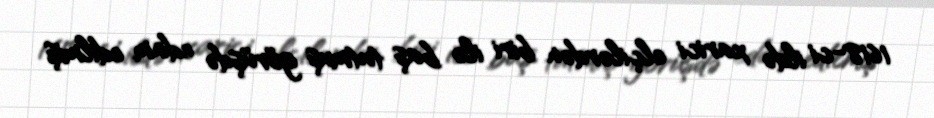
1618-ci ildə xarici elçilərdən biri ilə baş tutmuş görüşdə edam edilmiş